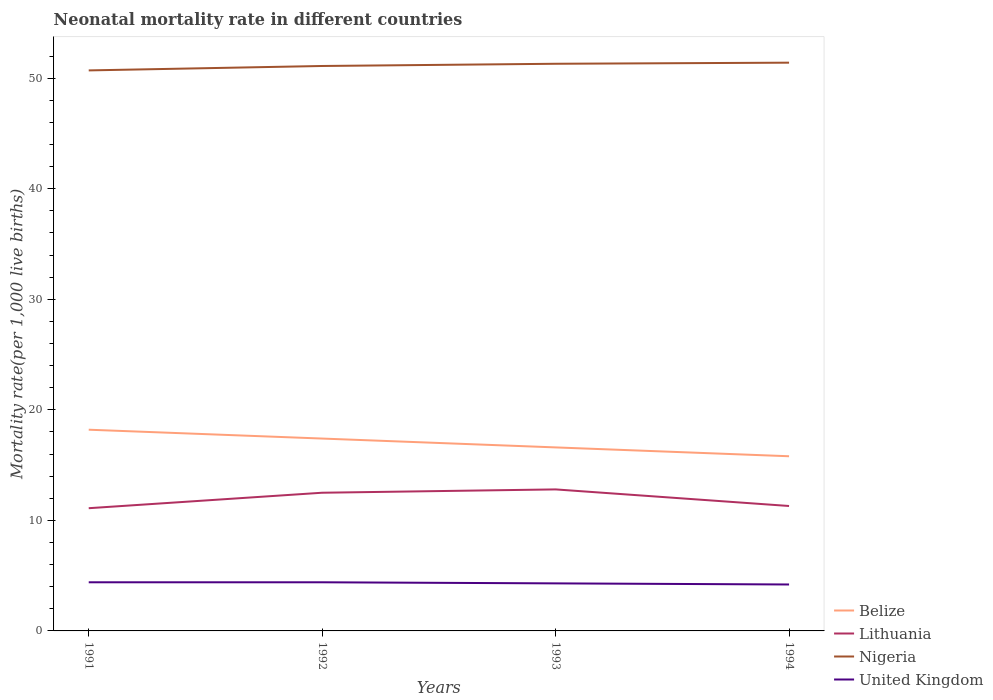
| Years | Belize | Lithuania | Nigeria | United Kingdom |
 | --- | --- | --- | --- | --- |
 | 1991 | 18.2 | 11.1 | 50.7 | 4.4 |
 | 1992 | 17.4 | 12.5 | 51.1 | 4.4 |
 | 1993 | 16.6 | 12.8 | 51.3 | 4.3 |
 | 1994 | 15.8 | 11.3 | 51.4 | 4.2 |